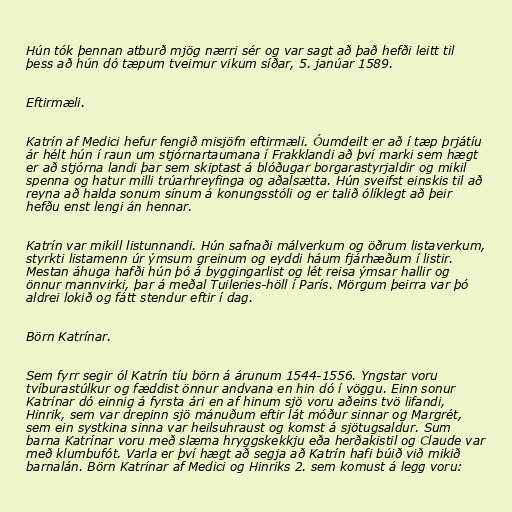
Hún tók þennan atburð mjög nærri sér og var sagt að það hefði leitt til
þess að hún dó tæpum tveimur vikum síðar, 5. janúar 1589.

Eftirmæli.

Katrín af Medici hefur fengið misjöfn eftirmæli. Óumdeilt er að í tæp þrjátíu
ár hélt hún í raun um stjórnartaumana í Frakklandi að því marki sem hægt
er að stjórna landi þar sem skiptast á blóðugar borgarastyrjaldir og mikil
spenna og hatur milli trúarhreyfinga og aðalsætta. Hún sveifst einskis til að
reyna að halda sonum sínum á konungsstóli og er talið ólíklegt að þeir
hefðu enst lengi án hennar.

Katrín var mikill listunnandi. Hún safnaði málverkum og öðrum listaverkum,
styrkti listamenn úr ýmsum greinum og eyddi háum fjárhæðum í listir.
Mestan áhuga hafði hún þó á byggingarlist og lét reisa ýmsar hallir og
önnur mannvirki, þar á meðal Tuileries-höll í París. Mörgum þeirra var þó
aldrei lokið og fátt stendur eftir í dag.

Börn Katrínar.

Sem fyrr segir ól Katrín tíu börn á árunum 1544-1556. Yngstar voru
tvíburastúlkur og fæddist önnur andvana en hin dó í vöggu. Einn sonur
Katrínar dó einnig á fyrsta ári en af hinum sjö voru aðeins tvö lifandi,
Hinrik, sem var drepinn sjö mánuðum eftir lát móður sinnar og Margrét,
sem ein systkina sinna var heilsuhraust og komst á sjötugsaldur. Sum
barna Katrínar voru með slæma hryggskekkju eða herðakistil og Claude var
með klumbufót. Varla er því hægt að segja að Katrín hafi búið við mikið
barnalán. Börn Katrínar af Medici og Hinriks 2. sem komust á legg voru: